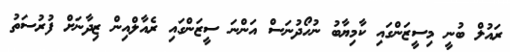
ރައުލް ބުނީ މިސީޒަންގައި ކާމިޔާބު ނުހޯދުނަސް އަންނަ ސީޒަންގައި ރެއާލްއިން ޒިދާނަށް ފުރުސަތު